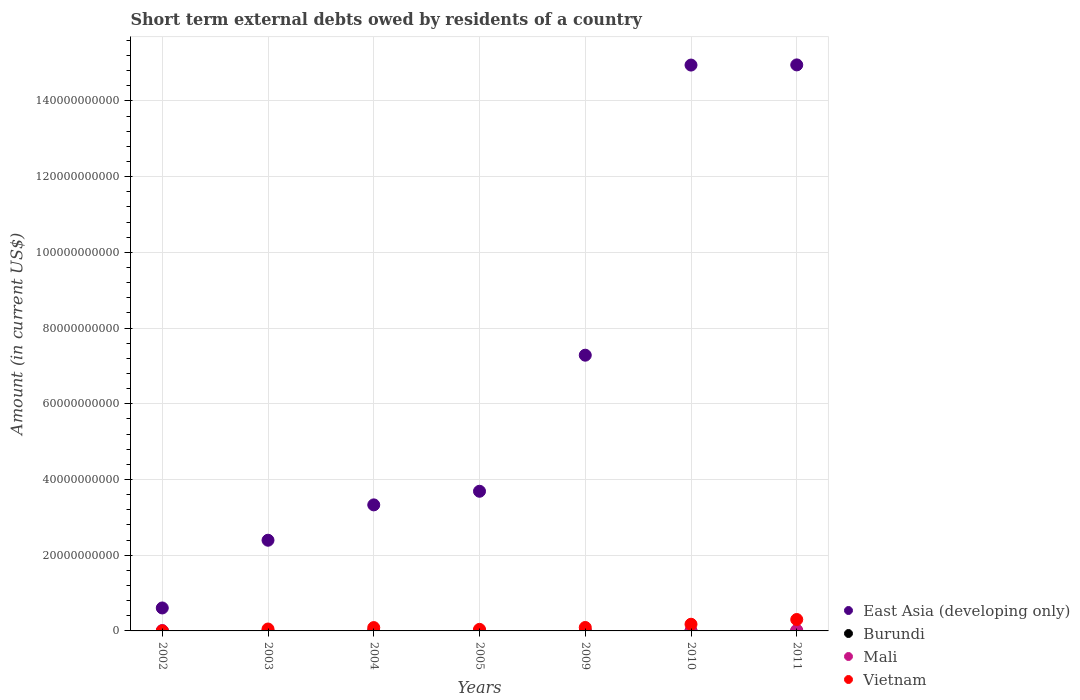
| Years | East Asia (developing only) | Burundi | Mali | Vietnam |
 | --- | --- | --- | --- | --- |
 | 2002 | 6.06e+09 | -1.01e+06 | 9.7e+07 | 1.53e+06 |
 | 2003 | 2.4e+10 | -6e+07 | -1.08e+08 | 5.02e+08 |
 | 2004 | 3.33e+10 | 3e+06 | 1.5e+07 | 8.8e+08 |
 | 2005 | 3.69e+10 | -2e+06 | 5e+06 | 4.13e+08 |
 | 2009 | 7.28e+10 | -7e+06 | 2.4e+07 | 9.08e+08 |
 | 2010 | 1.49e+11 | 8e+06 | -1.8e+07 | 1.76e+09 |
 | 2011 | 1.49e+11 | -1.5e+07 | 1.69e+08 | 3.02e+09 |